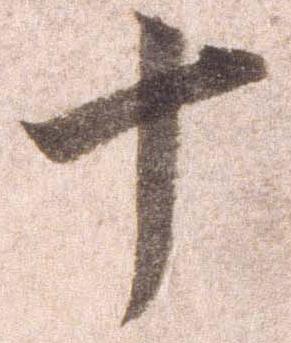
十